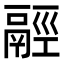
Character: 𩰹